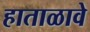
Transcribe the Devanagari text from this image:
हाताळावे